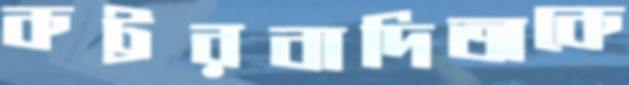
কট্টরবাদিতাকে